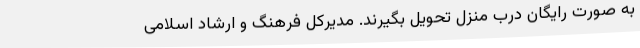
به صورت رایگان درب منزل تحویل بگیرند. مدیرکل فرهنگ و ارشاد اسلامی